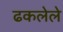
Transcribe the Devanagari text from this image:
ढकलेले